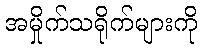
အမှိုက်သရိုက်များကို